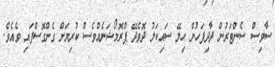
ސާވިސް ސެންޓަރުން ދާދިފަހުން ހިލޭ ސައިކަލު ދޮވެދޭ ޕްރޮމޯޝަނެއްވެސް ކުރިޔަށް ގެންގޮސްފައި ވެއެވެ.